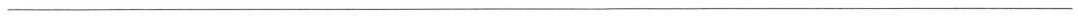
___